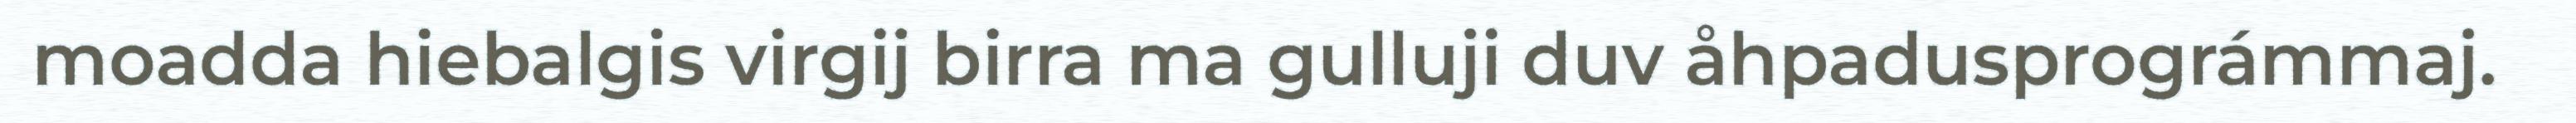
moadda hiebalgis virgij birra ma gulluji duv åhpadusprográmmaj.